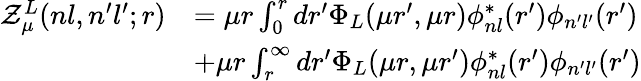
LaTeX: \begin{array}{rl}{\mathcal{Z}_{\mu}^{L}(nl,n^{\prime}l^{\prime};r)}&{=\mu r\int_{0}^{r}dr^{\prime}\Phi_{L}(\mu r^{\prime},\mu r)\phi_{nl}^{*}(r^{\prime})\phi_{n^{\prime}l^{\prime}}(r^{\prime})}\\ &{+\mu r\int_{r}^{\infty}dr^{\prime}\Phi_{L}(\mu r,\mu r^{\prime})\phi_{nl}^{*}(r^{\prime})\phi_{n^{\prime}l^{\prime}}(r^{\prime})}\end{array}